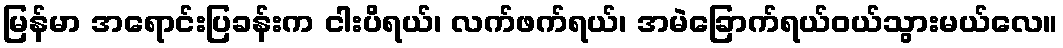
မြန်မာ အရောင်းပြခန်းက ငါးပိရယ်၊ လက်ဖက်ရယ်၊ အမဲခြောက်ရယ်ဝယ်သွားမယ်လေ။